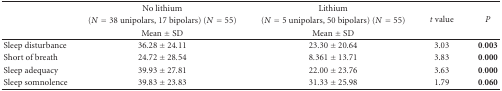
<table><thead><tr><td></td><td><b>No lithium</b></td><td><b>Lithium</b></td><td rowspan="3"><b><i>t</i> value</b></td><td rowspan="3"><b><i>P</i></b></td></tr><tr><td></td><td><b>(<i>N</i> = 38 unipolars, 17 bipolars) (<i>N</i> = 55)</b></td><td><b> (<i>N</i> = 5 unipolars, 50 bipolars) (<i>N</i> = 55)</b></td></tr><tr><td></td><td><b>Mean ± SD</b></td><td><b>Mean ± SD</b></td></tr></thead><tbody><tr><td>Sleep disturbance</td><td>36.28 ± 24.11</td><td>23.30 ± 20.64</td><td>3.03</td><td>0.003</td></tr><tr><td>Short of breath</td><td>24.72 ± 28.54</td><td>8.361 ± 13.71</td><td>3.83</td><td>0.000</td></tr><tr><td>Sleep adequacy</td><td>39.93 ± 27.81</td><td>22.00 ± 23.76</td><td>3.63</td><td>0.000</td></tr><tr><td>Sleep somnolence</td><td>39.83 ± 23.83</td><td>31.33 ± 25.98</td><td>1.79</td><td>0.060</td></tr></tbody></table>